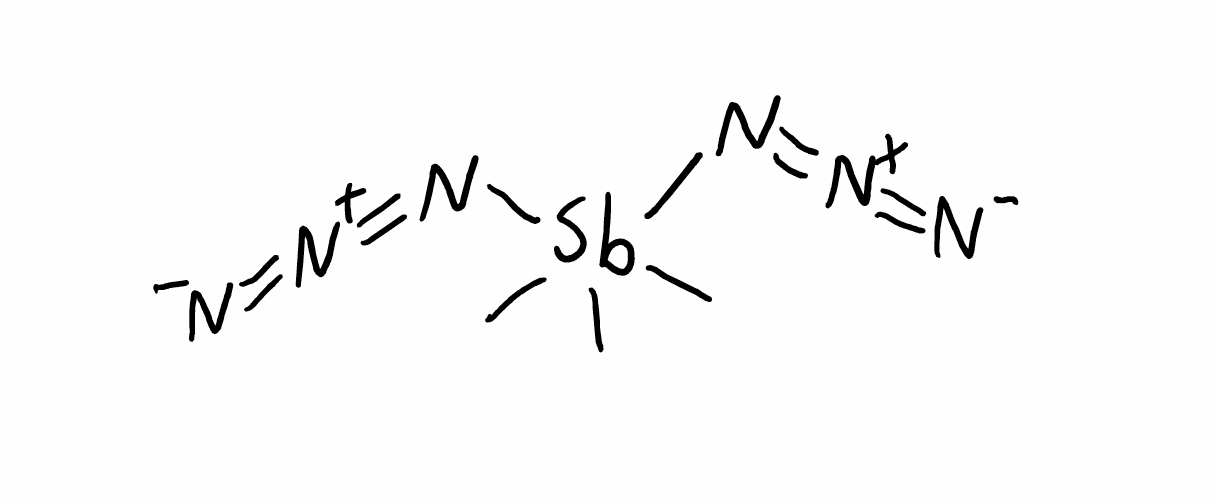
Simplified molecular-input line-entry system (SMILES) notation of the given molecule:
C[Sb](C)(C)(N=[N+]=[N-])N=[N+]=[N-]